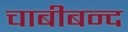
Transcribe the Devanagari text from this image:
चाबीबन्द